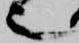
也